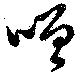
噲